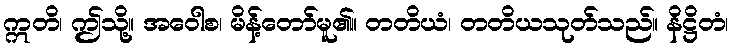
ဣတိ၊ ဤသို့။ အဝေါစ၊ မိန့်တော်မူ၏။ တတိယံ၊ တတိယသုတ်သည်။ နိဋ္ဌိတံ၊